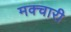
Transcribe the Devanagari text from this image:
मक्चारी